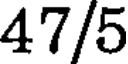
47/5